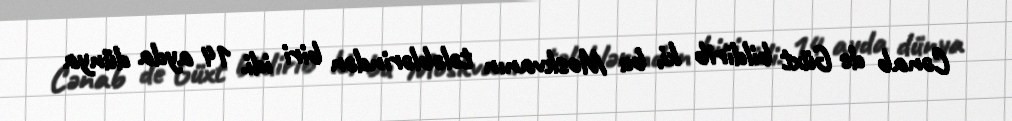
Cənab de Güxt bildirib ki, bu Moskvanın tələblərindən biri idi. 14 ayda dünya